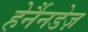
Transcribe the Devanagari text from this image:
हेर्नैनडेज़